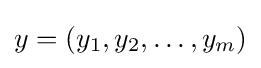
y=(y_{1},y_{2},\ldots ,y_{m})